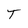
Character: T